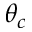
\theta _ { c }